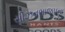
સીઝનભાજપના